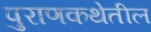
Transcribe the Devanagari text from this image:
पुराणकथेतील